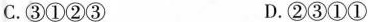
C.③①②③ D.②③①①